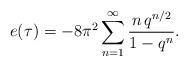
LaTeX: \begin{align*}e(\tau) = -8\pi^2 \sum_{n=1}^\infty \frac{n \, q^{n/2}}{1-q^{n}}.\end{align*}